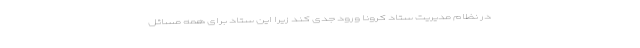
در نظام مدیریت ستاد کرونا ورود جدی کند زیرا این ستاد برای همه مسائل